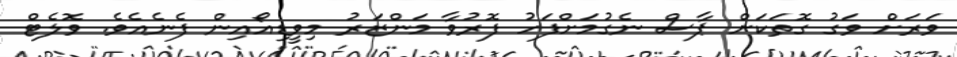
ވަރަށް ވަގު ގޮތަކަށް ޕާސް ނެގުމަށްފަހު ފޮރުވާ މަންޒަރު މިވީޑިއޯއިން ފެނެއެވެ. ވޮލެޓް